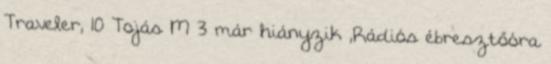
Traveler, 10 Tojás M 3 már hiányzik ,Rádiós ébresztőóra